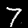
Digit: 7